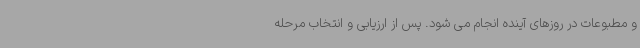
و مطبوعات در روزهای آینده انجام می شود. پس از ارزیابی و انتخاب مرحله